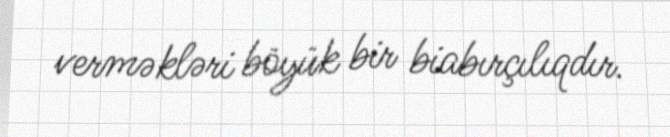
verməkləri böyük bir biabırçılıqdır.